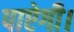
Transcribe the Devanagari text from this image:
पाऐगी।